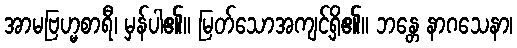
အာမဗြဟ္မစာရီ၊ မှန်ပါ၏။ မြတ်သောအကျင့်ရှိ၏။ ဘန္တေ နာဂသေနာ၊